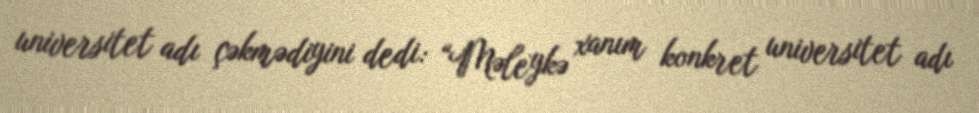
universitet adı çəkmədiyini dedi: “Məleykə xanım konkret universitet adı